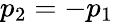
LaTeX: p_{2}=-p_{1}